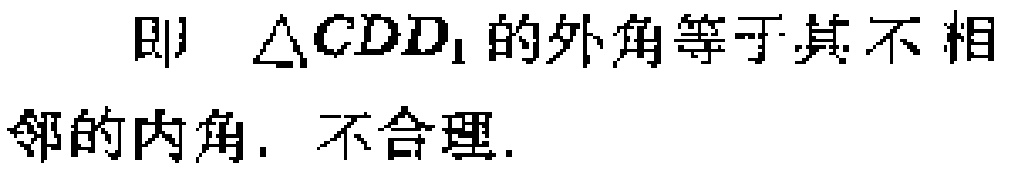
即 $\triangle CDD_{1}$ 的外角等于其不相邻的内角. 不合理.